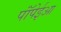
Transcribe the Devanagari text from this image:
पॉंपेईआ